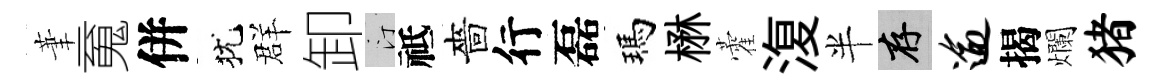
茟䰟併犹群卸汀祗嗇行磊瑪楙藿𣸪半存逾揭爛猪